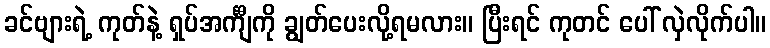
ခင်ဗျားရဲ့ ကုတ်နဲ့ ရှပ်အင်္ကျီကို ချွတ်ပေးလို့ရမလား။ ပြီးရင် ကုတင် ပေါ် လှဲလိုက်ပါ။